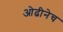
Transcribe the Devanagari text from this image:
ओढीनेच